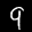
Label: 9